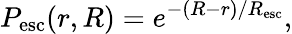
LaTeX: P_{\mathrm{esc}}(r,R)=e^{-(R-r)/R_{\mathrm{esc}}},